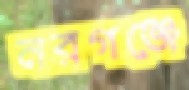
নরগঞ্জে